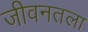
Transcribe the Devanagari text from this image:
जीवनतला